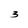
Character: 3